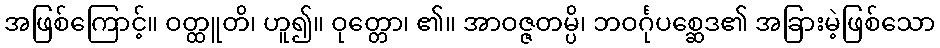
အဖြစ်ကြောင့်။ ဝတ္ထူတိ၊ ဟူ၍။ ဝုတ္တော၊ ၏။ အာဝဇ္ဇတမ္ပိ၊ ဘဝင်္ဂုပစ္ဆေဒ၏ အခြားမဲ့ဖြစ်သော